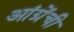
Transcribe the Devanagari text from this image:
आंग्रेंची